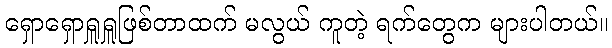
ရှောရှောရှူရှူဖြစ်တာထက် မလွယ် ကူတဲ့ ရက်တွေက များပါတယ်။